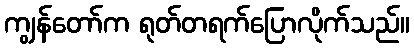
ကျွန်တော်က ရုတ်တရက်ပြောလိုက်သည်။